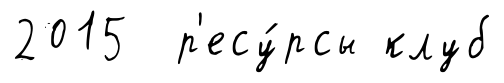
2015 р'есу́рсы клуб